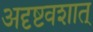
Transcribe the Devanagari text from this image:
अदृष्टवशात्‌